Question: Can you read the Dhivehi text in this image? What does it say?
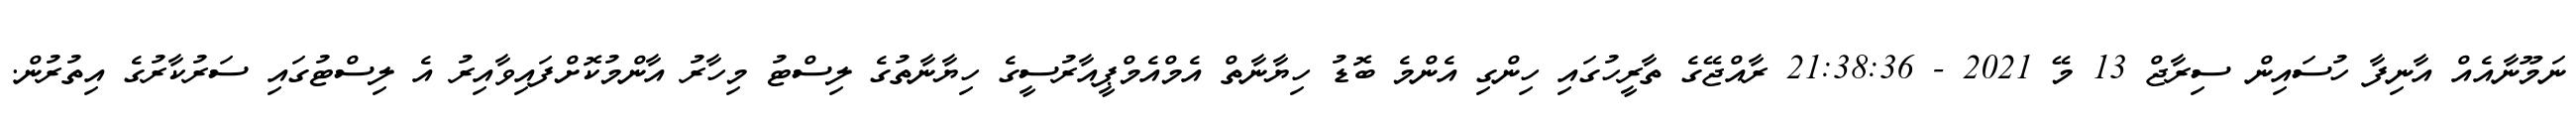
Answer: ނަމޫނާއެއް އާނިފާ ހުސައިން ސިރާޖް 13 މޭ 2021 - 21:38:36 ރާއްޖޭގެ ތާރީހުގައި ހިންގި އެންމެ ބޮޑު ހިޔާނާތް އެމްއެމްޕީއާރުސީގެ ހިޔާނާތުގެ ލިސްޓު މިހާރު އާންމުކޮށްފައިވާއިރު އެ ލިސްޓުގައި ސަރުކާރުގެ އިތުރުން.